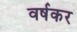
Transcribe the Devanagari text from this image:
वर्षकर